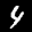
Label: 4